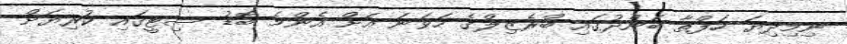
ނިމިދިޔަ ހަފްތާ ބަންދުގައި ބްރެޒިލްގެ ހަވަނަ އަށް އެންމެ ބޮޑު ސިޓީގައި ކުރިޔަށް